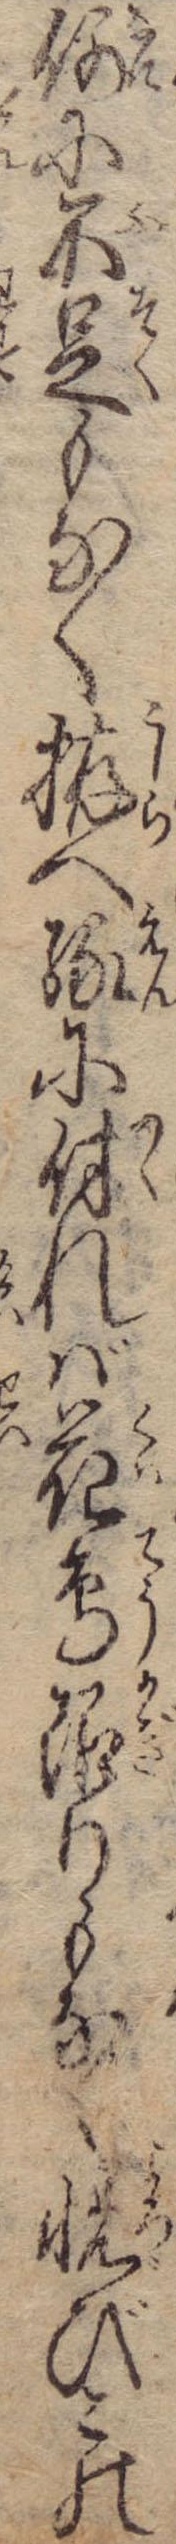
何に不足もなく拵へ縁に付れば花鳥限りもなく悦びこの